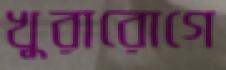
খুরারোগে